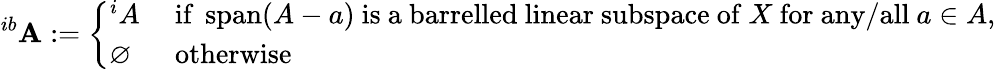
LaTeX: ^{ib}\mathbf{A}:={\left\{ \begin{array}{ll}{^{i}A}&{{\mathrm{~if~}}\operatorname{span}(A-a){\mathrm{~is~a~barrelled~linear~subspace~of~}}X{\mathrm{~for~any/all~}}a\in A{\mathrm{,}}}\\ {\varnothing}&{{\mathrm{~otherwise}}}\end{array}\right.}